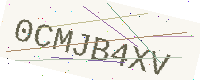
Text: 0CMJB4XV